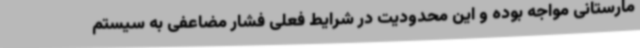
مارستانی مواجه بوده و این محدودیت در شرایط فعلی فشار مضاعفی به سیستم